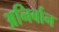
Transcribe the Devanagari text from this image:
अनिर्बान